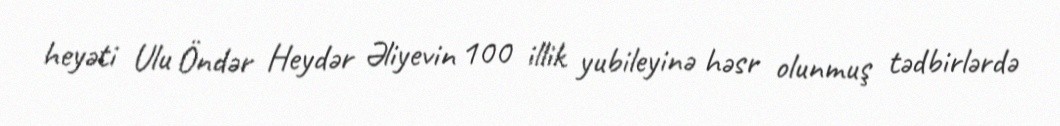
heyəti Ulu Öndər Heydər Əliyevin 100 illik yubileyinə həsr olunmuş tədbirlərdə